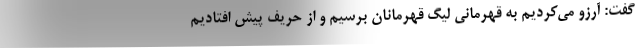
گفت: آرزو می‌کردیم به قهرمانى لیگ قهرمانان برسیم و از حریف پیش افتادیم